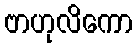
ဗာဟုလိကော